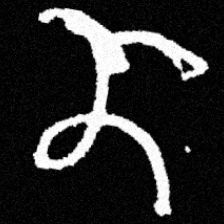
Pyu character \u2014 Myanmar letter: ဏ (romanized: nna)